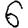
Digit: 6